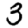
Digit: 3